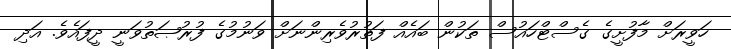
ހަވީރަށް މާފުށީގެ ގެސްޓްހައުސް ތަކުން ބައެއް ފަތުރުވެރިންނަށް ވަނުމުގެ ފުރުޞަތުވަނީ ދީފައެވެ. އަދި